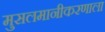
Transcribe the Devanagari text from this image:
मुसलमानीकरणाला